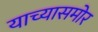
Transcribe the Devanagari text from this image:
याच्यासमोर